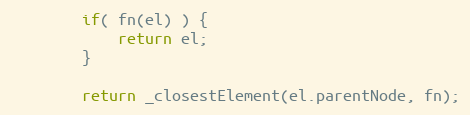
Language: JavaScript
	  	if( fn(el) ) {
	  		return el;
	  	}

	  	return _closestElement(el.parentNode, fn);